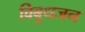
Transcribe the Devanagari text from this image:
विबुधजन